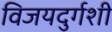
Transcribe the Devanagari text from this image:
विजयदुर्गशी